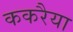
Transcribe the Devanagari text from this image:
ककरैया